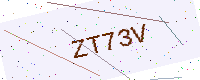
Text: ZT73V